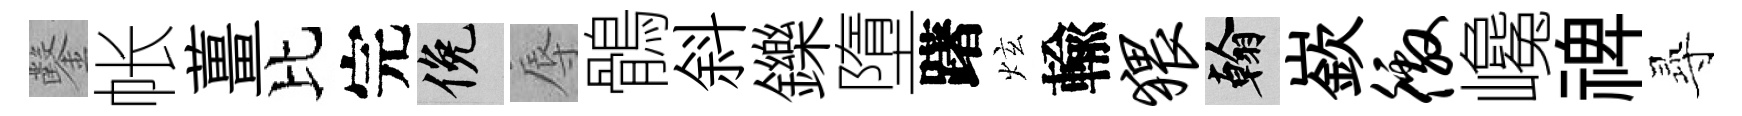
鑿帐薑比完俯辱鶻斜鑠墮躇炫輸猥翰嶔徼巉禆𡬶